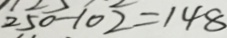
2 5 0 - 1 0 2 = 1 4 8